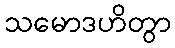
သမောဒဟိတွာ